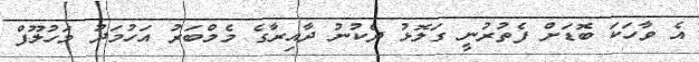
އެ ވާހަކަ ބޮޑަށް ފެތުރުނީ ގަލޮޅު ދެކުނު ދާއިރާގެ މެމްބަރު އަހުމަދު މަހުލޫފް